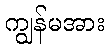
ကျွန်မအား